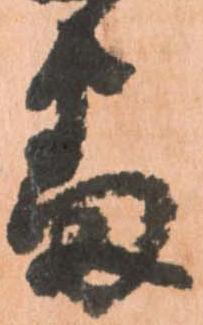
番